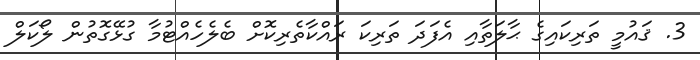
3. ޤައުމީ ތަރިކައިގެ ޙާލަތާއި އެފަދަ ތަރިކަ ރައްކާތެރިކޮށް ބެލެހެއްޓުމާ ގުޅޭގޮތުން ލޯކަލް